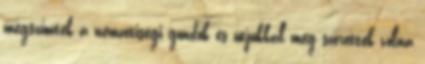
megszűntek a nemzetiségi gondok és útjukkal meg szerették volna